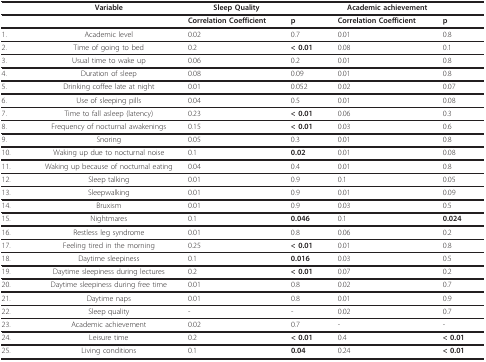
|  | Variable | Sleep Quality |  | Academic achievement |  |
 | --- | --- | --- | --- | --- | --- |
 |  |  | Correlation Coefficient | p | Correlation Coefficient | p |
 | 1. | Academic level | 0.02 | 0.7 | 0.01 | 0.8 |
 | 2. | Time of going to bed | 0.2 | < 0.01 | 0.08 | 0.1 |
 | 3. | Usual time to wake up | 0.06 | 0.2 | 0.01 | 0.8 |
 | 4. | Duration of sleep | 0.08 | 0.09 | 0.01 | 0.8 |
 | 5. | Drinking coffee late at night | 0.01 | 0.052 | 0.02 | 0.07 |
 | 6. | Use of sleeping pills | 0.04 | 0.5 | 0.01 | 0.08 |
 | 7. | Time to fall asleep (latency) | 0.23 | < 0.01 | 0.06 | 0.3 |
 | 8. | Frequency of nocturnal awakenings | 0.15 | < 0.01 | 0.03 | 0.6 |
 | 9. | Snoring | 0.05 | 0.3 | 0.01 | 0.8 |
 | 10. | Waking up due to nocturnal noise | 0.1 | 0.02 | 0.01 | 0.08 |
 | 11. | Waking up because of nocturnal eating | 0.04 | 0.4 | 0.01 | 0.8 |
 | 12. | Sleep talking | 0.01 | 0.9 | 0.1 | 0.05 |
 | 13. | Sleepwalking | 0.01 | 0.9 | 0.01 | 0.09 |
 | 14. | Bruxism | 0.01 | 0.9 | 0.03 | 0.5 |
 | 15. | Nightmares | 0.1 | 0.046 | 0.1 | 0.024 |
 | 16. | Restless leg syndrome | 0.01 | 0.8 | 0.06 | 0.2 |
 | 17. | Feeling tired in the morning | 0.25 | < 0.01 | 0.01 | 0.8 |
 | 18. | Daytime sleepiness | 0.1 | 0.016 | 0.03 | 0.5 |
 | 19. | Daytime sleepiness during lectures | 0.2 | < 0.01 | 0.07 | 0.2 |
 | 20. | Daytime sleepiness during free time | 0.01 | 0.8 | 0.02 | 0.7 |
 | 21. | Daytime naps | 0.01 | 0.8 | 0.01 | 0.9 |
 | 22. | Sleep quality | - | - | 0.02 | 0.7 |
 | 23. | Academic achievement | 0.02 | 0.7 | - | - |
 | 24. | Leisure time | 0.2 | < 0.01 | 0.4 | < 0.01 |
 | 25. | Living conditions | 0.1 | 0.04 | 0.24 | < 0.01 |